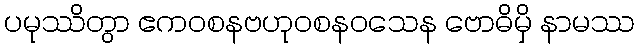
ပမုဿိတွာ ဧကဝစနဗဟုဝစနဝသေန ဗောဓိမှိ နာမဿ